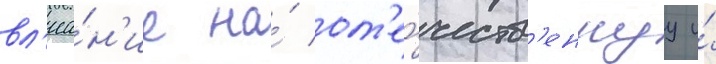
вл'иа́н'ие на́ от'е́честв'еннуу и́